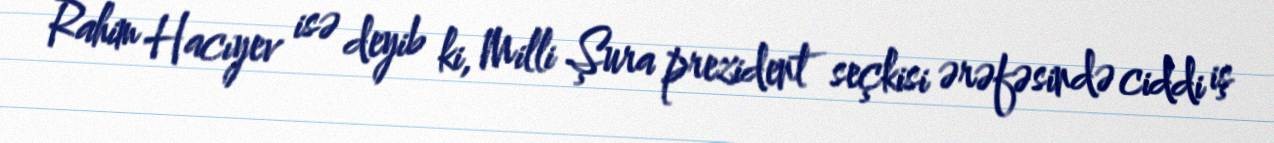
Rahim Hacıyev isə deyib ki, Milli Şura prezident seçkisi ərəfəsində ciddi iş